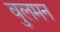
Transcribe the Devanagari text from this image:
वुलमन